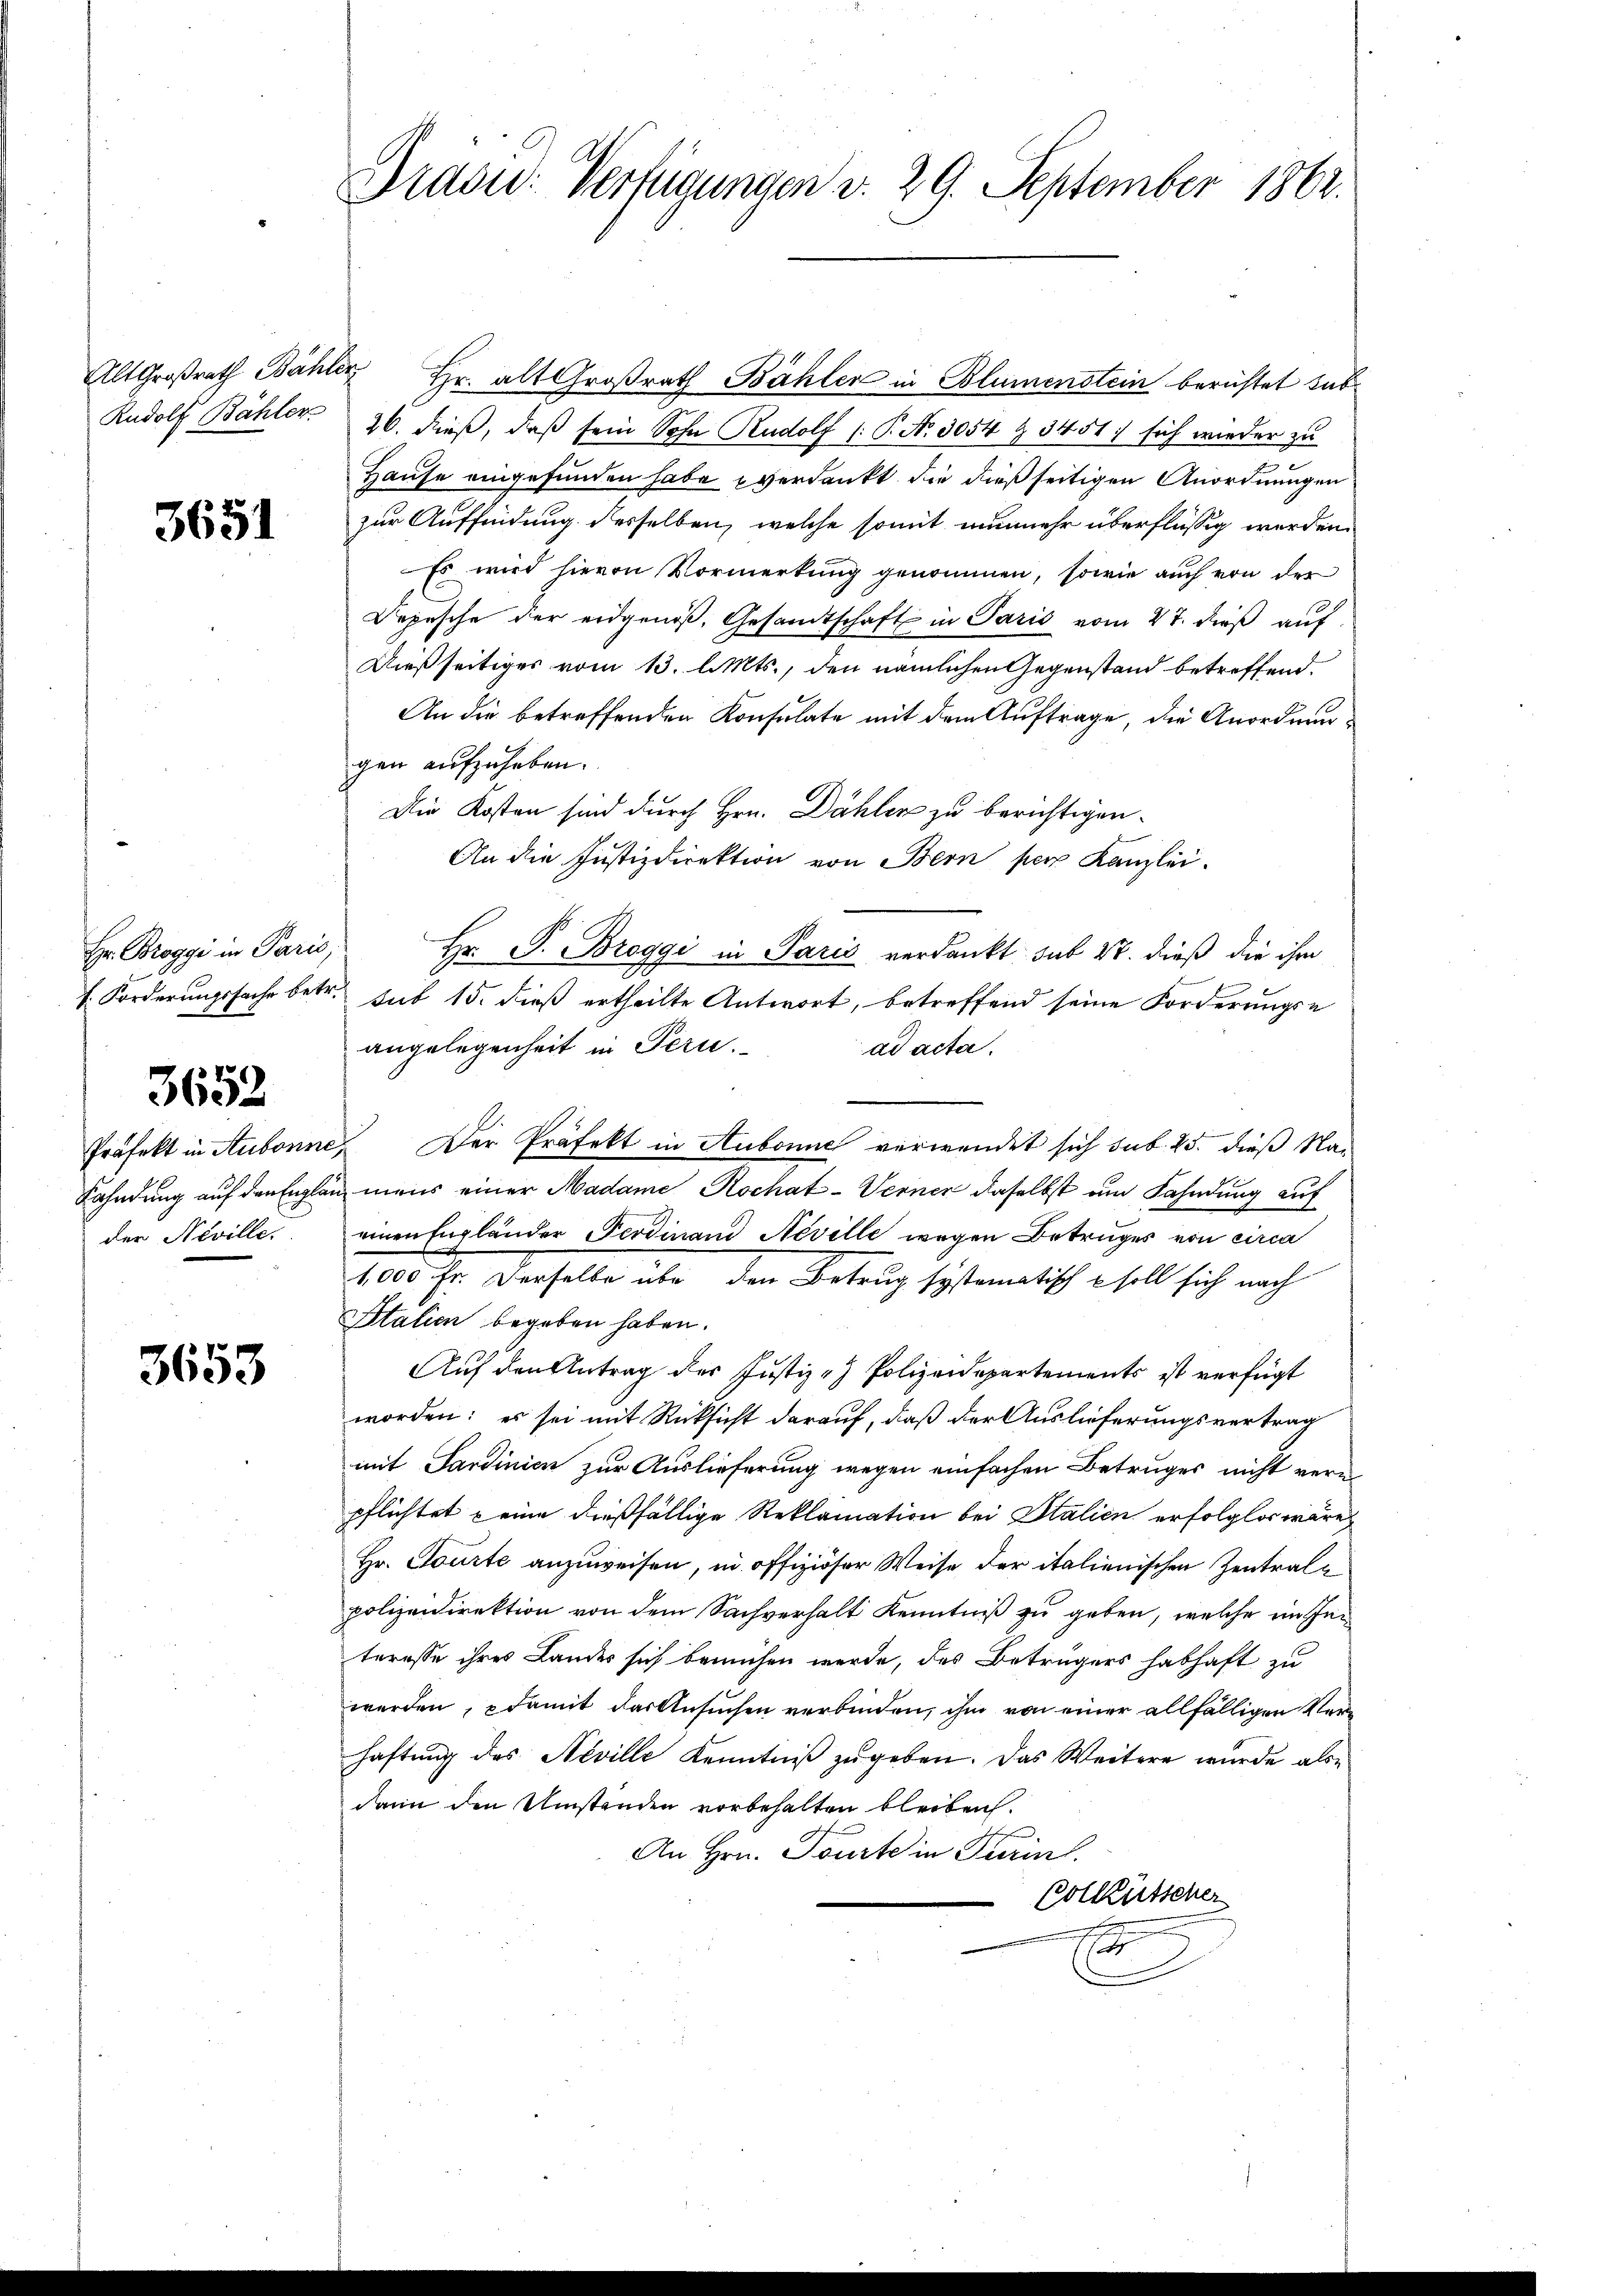
Alt Großrath Bähle
Rudolf Bähler

3651

Hr. Brogge in Paris.
f. Forderungssache betr.

3652

Präfekt in Stubonne
Kahndung auf den Englader Neville.

3653

Dradus: Verfügungen v. 29. September 1862.

" Hr. alt Großrath Bähler in Blumenstein berichtet sub
26. dieß, daß sein Sohn Rudolf /: P. N. 3054 § 3451: sich wieder zu
Hause eingefunden habe verdankt, die dießseitigen Anordnungen
zur Auffindung desselben, welche somit nunmehr überflüssig werden.
Es wird hievon Vormerkung genommen, sowie auch von der
Depesche der eidgenöβ, Gesandtschaft in Paris vom 27. dieß auf
Dießseitiges vom 13. l. Mts., den nämlichen Gegenstand betreffend.
An die betreffenden Konsulate mit dem Auftrage, die Anordnungen aufzuheben.
Die Kosten sind durch Hrn. Dähler zu berichtigen.
An die Justizdirektion von Bern per Kanzlei.
Hr. P. Broggi in Paris verdankt sub 14. dieß die ihr
sub 15. dieß ertheilte Antwort, betreffend seine Forderungse
angelegenheit in Peri
ad acta.
Der Präfekt in Aubonne verwendet sich sub. 25. dieß Namens einer Madame Rochat-Verner daselbst um Fahndung auf
einen Engländer Ferdinand Neville wegen Betruges von circa
100 Fr. derselbe aber den Betrug systematisch ehell sich nach
Italien begeben haben.
Auf den Antrag der Justiz - Polizeidepartements ist verfügt
worden: es sei mit Rücksicht darauf, daß der Auslieferungsvertrag
mit Sardinien zur Auslieferung wegen einfachen Betruges nicht vern
pflichtet keine dießfällige Reklamation bei Stalien erfolglos wäre,
Hr. Tourte anzuweisen, in offiziöser Weise der italienischen Zentralpolizeidirektion von dem Sachverhalt Kenntniß zu geben, welche im Inn
teresse ihres Landes sich bemühen werde, des Betrügers habhaft zu
werden, damit das Ansuchen verbinden, ihm von einer allfälligen Verhaftung des Neville Kenntniß zugeben. Das Weitere wurde alsdann den Umständen vorbehalten bleiben.
An Hrn. Tourte in Turinl.
Polkutscher
s